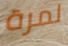
لمرة